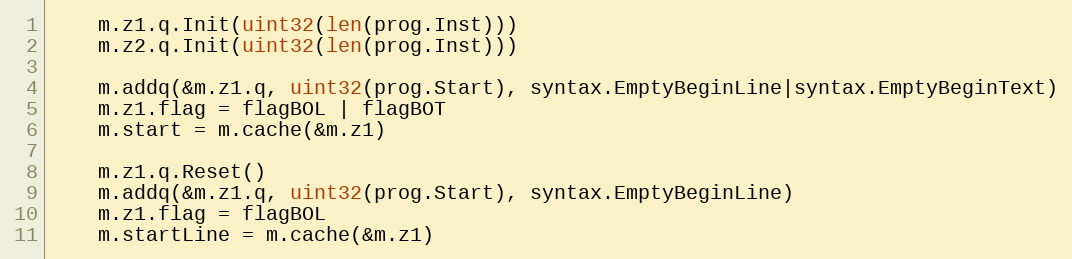
Language: Go
	m.z1.q.Init(uint32(len(prog.Inst)))
	m.z2.q.Init(uint32(len(prog.Inst)))

	m.addq(&m.z1.q, uint32(prog.Start), syntax.EmptyBeginLine|syntax.EmptyBeginText)
	m.z1.flag = flagBOL | flagBOT
	m.start = m.cache(&m.z1)

	m.z1.q.Reset()
	m.addq(&m.z1.q, uint32(prog.Start), syntax.EmptyBeginLine)
	m.z1.flag = flagBOL
	m.startLine = m.cache(&m.z1)